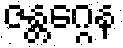
ဇန္တဂ္ဂေန